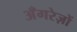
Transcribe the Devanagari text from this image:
अँगरेज़ों